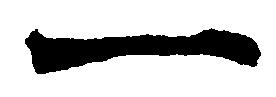
一